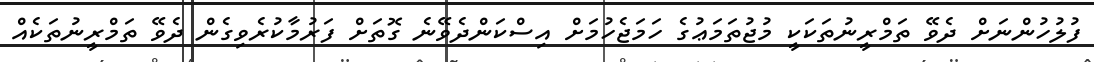
ފުލުހުންނަށް ދެވޭ ތަމްރީނުތަކަކީ މުޖުތަމަޢުގެ ހަމަޖެހުމަށް އިސްކަންދެވޭނެ ގޮތަށް ފަރުމާކުރެވިގެން ދެވޭ ތަމްރީނުތަކެއް